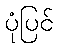
ပုံပြင်